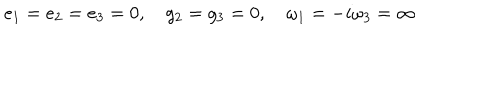
e _ { 1 } = e _ { 2 } = e _ { 3 } = 0 , \quad g _ { 2 } = g _ { 3 } = 0 , \quad \omega _ { 1 } = - i \omega _ { 3 } = \infty